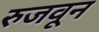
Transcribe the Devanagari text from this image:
रुजवून